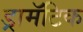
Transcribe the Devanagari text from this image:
ड्रामॅटिक